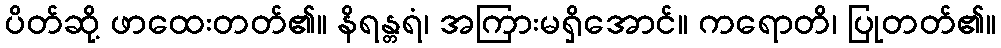
ပိတ်ဆို့ ဖာထေးတတ်၏။ နိရန္တရံ၊ အကြားမရှိအောင်။ ကရောတိ၊ ပြုတတ်၏။